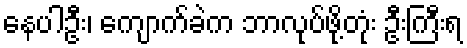
နေပါဦး၊ ကျောက်ခဲက ဘာလုပ်ဖို့တုံး ဦးကြီးရ